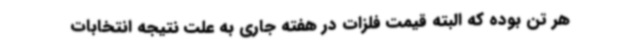
هر تن بوده که البته قیمت فلزات در هفته جاری به علت نتیجه انتخابات